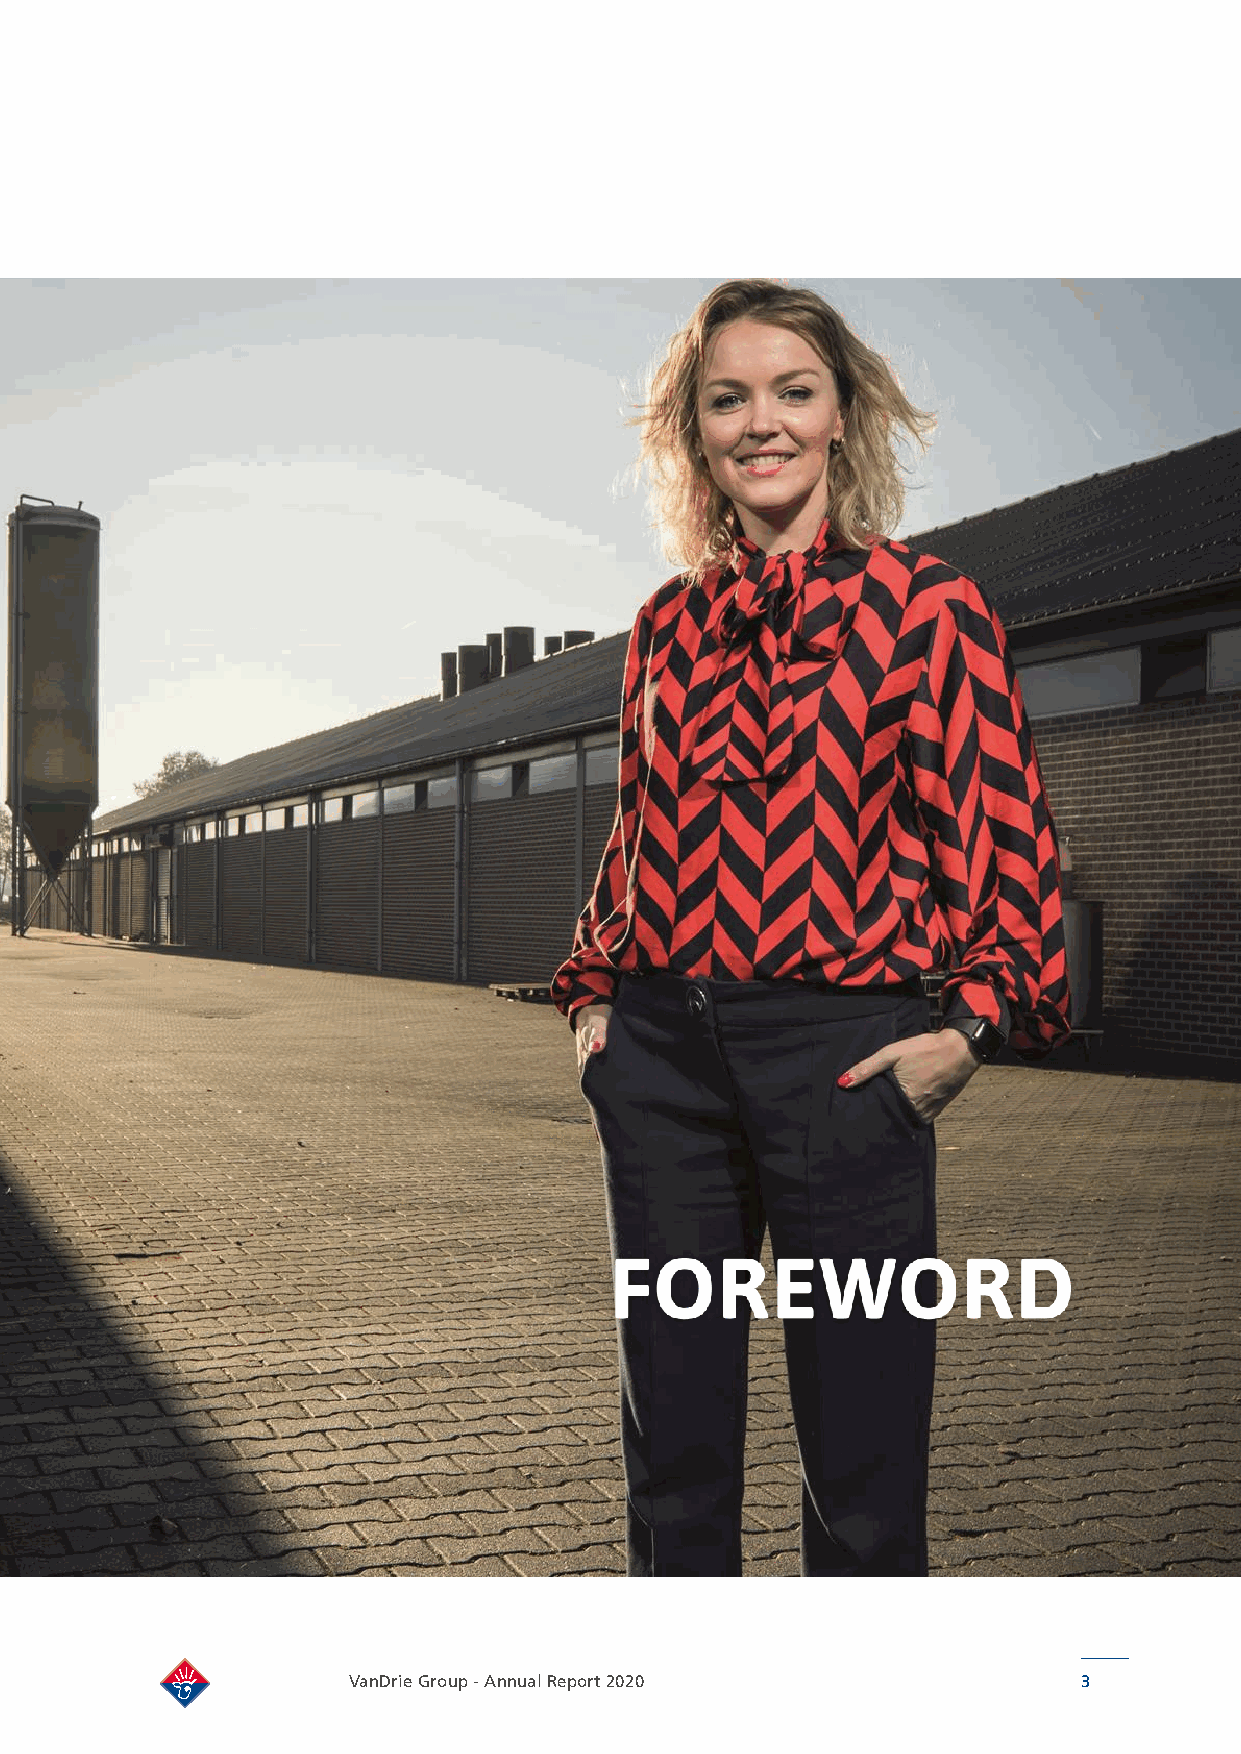
FOREWORD
 VanDrie Group - Annual Report 2020               3